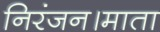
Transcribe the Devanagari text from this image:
निरंजन।माता